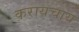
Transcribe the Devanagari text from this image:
करायचाय